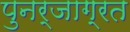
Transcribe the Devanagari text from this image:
पुनर्जाग्रत